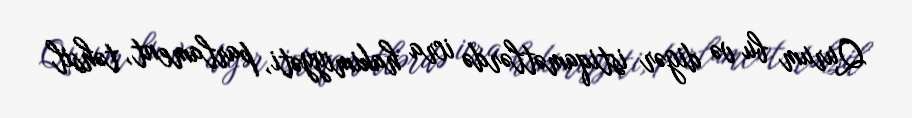
Qurum bu və digər istiqamətlərdə icra hakimiyyəti, parlament, təhsil